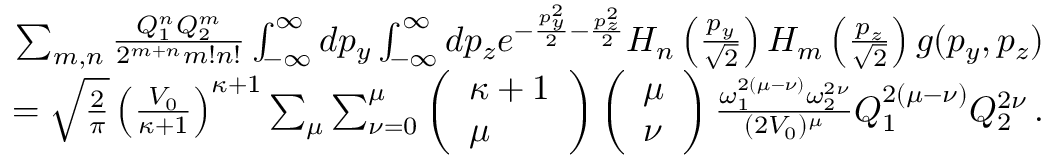
\begin{array} { r } { \sum _ { m , n } \frac { Q _ { 1 } ^ { n } Q _ { 2 } ^ { m } } { 2 ^ { m + n } m ! n ! } \int _ { - \infty } ^ { \infty } d p _ { y } \int _ { - \infty } ^ { \infty } d p _ { z } e ^ { - \frac { p _ { y } ^ { 2 } } { 2 } - \frac { p _ { z } ^ { 2 } } { 2 } } H _ { n } \left( \frac { p _ { y } } { \sqrt { 2 } } \right) H _ { m } \left( \frac { p _ { z } } { \sqrt { 2 } } \right) g ( p _ { y } , p _ { z } ) } \\ { = \sqrt { \frac { 2 } { \pi } } \left( \frac { V _ { 0 } } { \kappa + 1 } \right) ^ { \kappa + 1 } \sum _ { \mu } \sum _ { \nu = 0 } ^ { \mu } \left( \begin{array} { l } { \kappa + 1 } \\ { \mu } \end{array} \right) \left( \begin{array} { l } { \mu } \\ { \nu } \end{array} \right) \frac { \omega _ { 1 } ^ { 2 ( \mu - \nu ) } \omega _ { 2 } ^ { 2 \nu } } { ( 2 V _ { 0 } ) ^ { \mu } } Q _ { 1 } ^ { 2 ( \mu - \nu ) } Q _ { 2 } ^ { 2 \nu } \, . } \end{array}